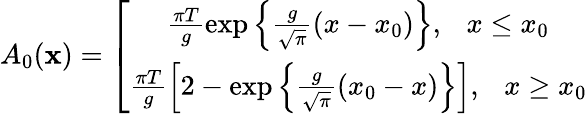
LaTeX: A_{0}(\mathbf{x})=\left[\begin{array}{c}{{\frac{\pi T}g\exp\left\{ \frac g{\sqrt{\pi}}(x-x_{0})\right\} ,\ \ \ x\leq x_{0}}}\\ {{\frac{\pi T}g\left[2-\exp\left\{ \frac g{\sqrt{\pi}}(x_{0}-x)\right\} \right],\ \ \ x\geq x_{0}}}\end{array}\right.